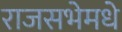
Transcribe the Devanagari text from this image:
राजसभेमधे